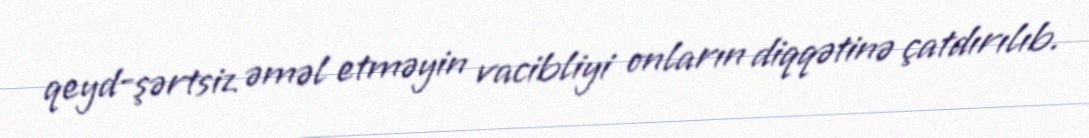
qeyd-şərtsiz əməl etməyin vacibliyi onların diqqətinə çatdırılıb.